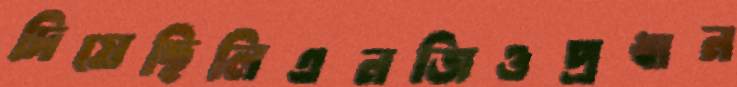
দিয়েছিলিএনজিওপ্রধান